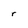
Character: r